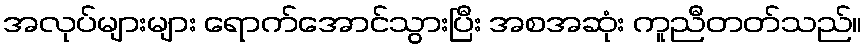
အလုပ်များများ ရောက်အောင်သွားပြီး အစအဆုံး ကူညီတတ်သည်။